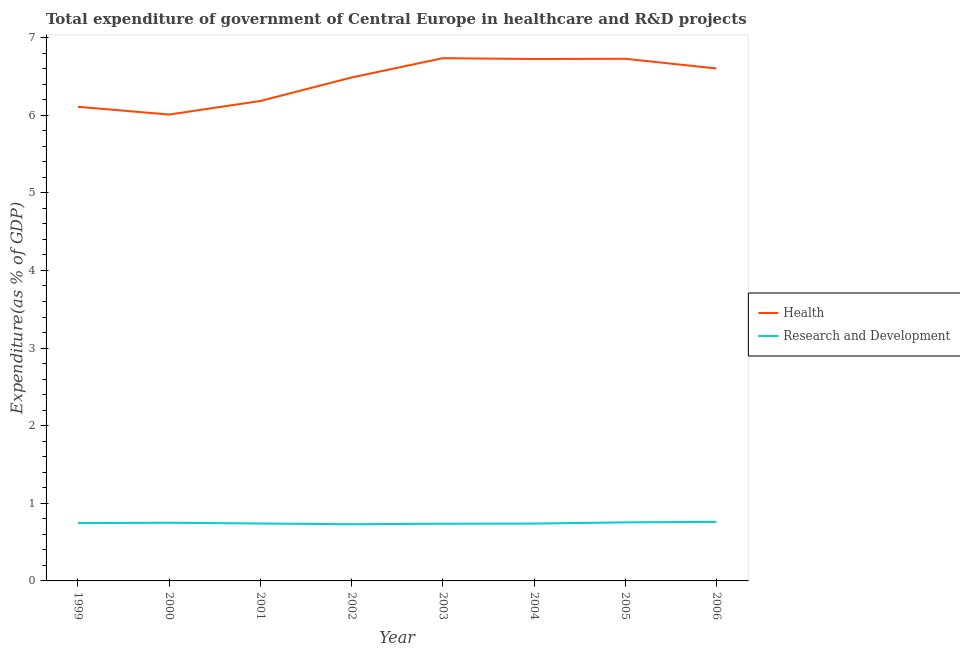
| Year | Health | Research and Development |
 | --- | --- | --- |
 | 1999 | 6.11 | 0.745 |
 | 2000 | 6.01 | 0.75 |
 | 2001 | 6.18 | 0.74 |
 | 2002 | 6.49 | 0.731 |
 | 2003 | 6.74 | 0.737 |
 | 2004 | 6.72 | 0.739 |
 | 2005 | 6.73 | 0.755 |
 | 2006 | 6.6 | 0.761 |